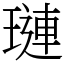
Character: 璉